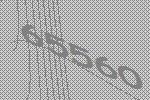
65560